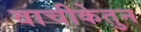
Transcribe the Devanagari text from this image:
वाचीकेतुन